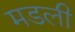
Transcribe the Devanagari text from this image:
मडली